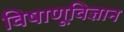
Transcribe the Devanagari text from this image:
विषाणूविज्ञान